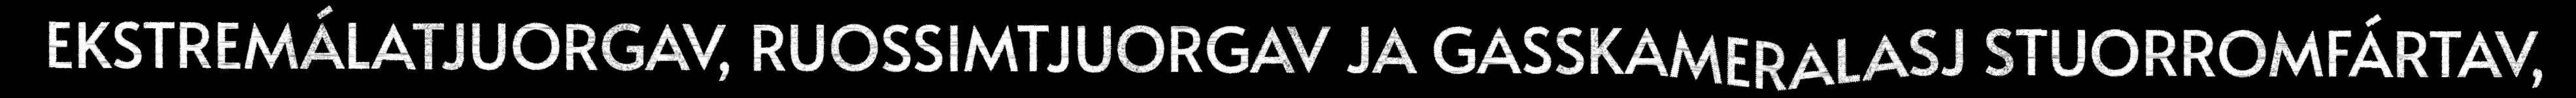
EKSTREMÁLATJUORGAV, RUOSSIMTJUORGAV JA GASSKAMERALASJ STUORROMFÁRTAV,